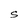
Character: S